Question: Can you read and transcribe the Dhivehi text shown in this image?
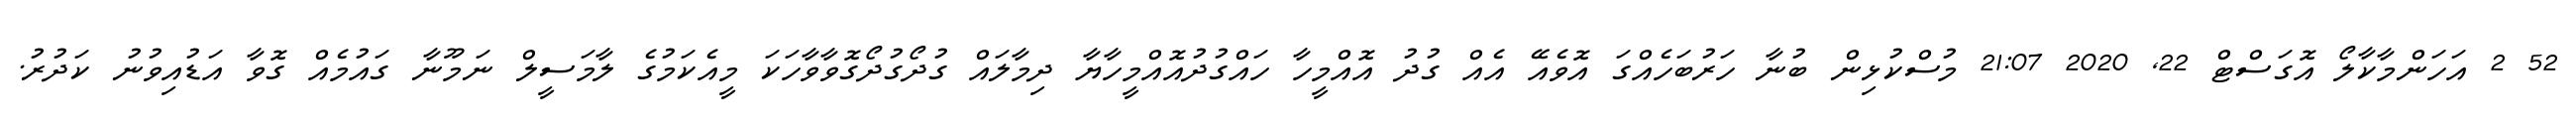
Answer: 52 2 އަހަންމާކާލޯ އޮގަސްޓް 22, 2020 21:07 މުސްކުޅިން ބުނާ ހަރުބަހެއްގަ އޮވެއޭ އެއް ގުދު އޮއްމީހާ ހައްގުދުއޮއްމީހާޔާ ދިމާލައް ގުދޯގުދޯގޮވާވާހަކަ މީއެކަމުގެ ލާމަސީލް ނަމޫނާ ގައުމެއް ގޮވާ އަޑުއިވުނު ކަދުރު.